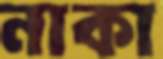
নাকা